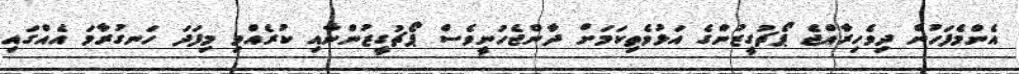
އެންމެފަހުން ދިވެހިރާއްޖެ ޕޯޗުގީޒުންގެ އަޅުވެތިކަމަށް ދާންޖެހުނީވެސް ޕޯޗުގީޒުންނާއި ކުރެއްވި މިފަދަ ހަނގުރާމަ އެއްގައި